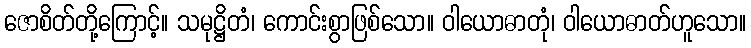
ဇောစိတ်တို့ကြောင့်။ သမုဋ္ဌိတံ၊ ကောင်းစွာဖြစ်သော။ ဝါယောဓာတုံ၊ ဝါယောဓာတ်ဟူသော။